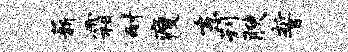
薪霜耐瘦东刊腴誓